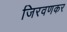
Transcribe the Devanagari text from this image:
जिरवणकर